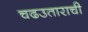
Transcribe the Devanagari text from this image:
चढउताराची